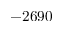
- 2 6 9 0